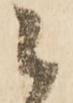
候